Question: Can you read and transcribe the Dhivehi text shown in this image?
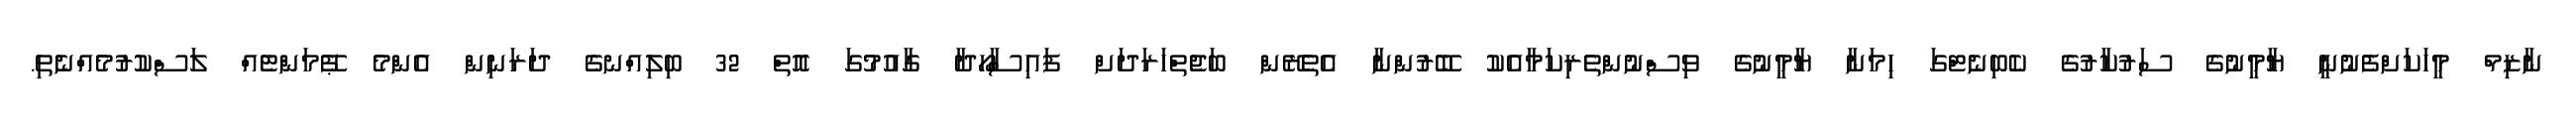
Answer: ނާޒިމް މީހަކަށްފެނުނީ ޔާމީނުގެ ސަރުކާރުގެ ކެބިނެޓްގަ ހިމަނާ ޔާމީނުގެ ވިސްނުންތެރިކަމާއެކު ބޭރުންނާ އެތެރޭން ބަޖެތްހަރަދަށް ފައިސާހޯދާ ގާއުމުގަ އޮތް 32 ބިލިއްނގެ ދަރަނިން އެންމެ ޕޭމަންޓެއް ލަސްކުރުމެއްނެތި.